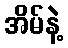
အိမ်နဲ့